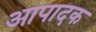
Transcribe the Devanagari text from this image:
आपादक